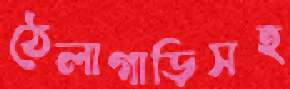
ঠেলাগাড়িসহ